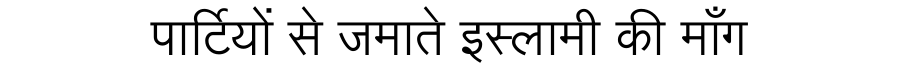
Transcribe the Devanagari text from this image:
पार्टियों से जमाते इस्लामी की माँग